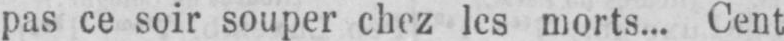
pas ce soir souper chez les morts... Cent